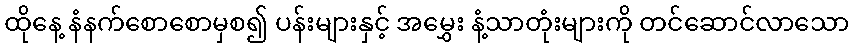
ထိုနေ့ နံနက်စောစောမှစ၍ ပန်းများနှင့် အမွှေး နံ့သာတုံးများကို တင်ဆောင်လာသော